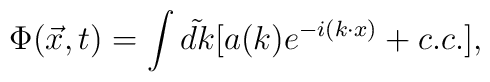
\Phi (\vec x,t)=\int \tilde {dk}[a(k)e^{-i(k\cdot x)}+c.c.],